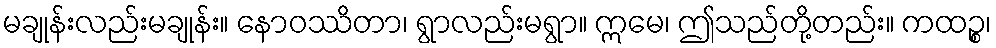
မချုန်းလည်းမချုန်း။ နောဝဿိတာ၊ ရွာလည်းမရွာ။ ဣမေ၊ ဤသည်တို့တည်း။ ကထဉ္စ၊